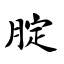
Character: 腚